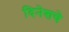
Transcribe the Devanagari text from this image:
दिनेशचे